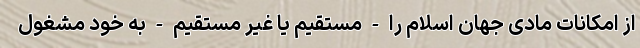
از امکانات مادی جهان اسلام را - مستقیم یا غیر مستقیم - به خود مشغول